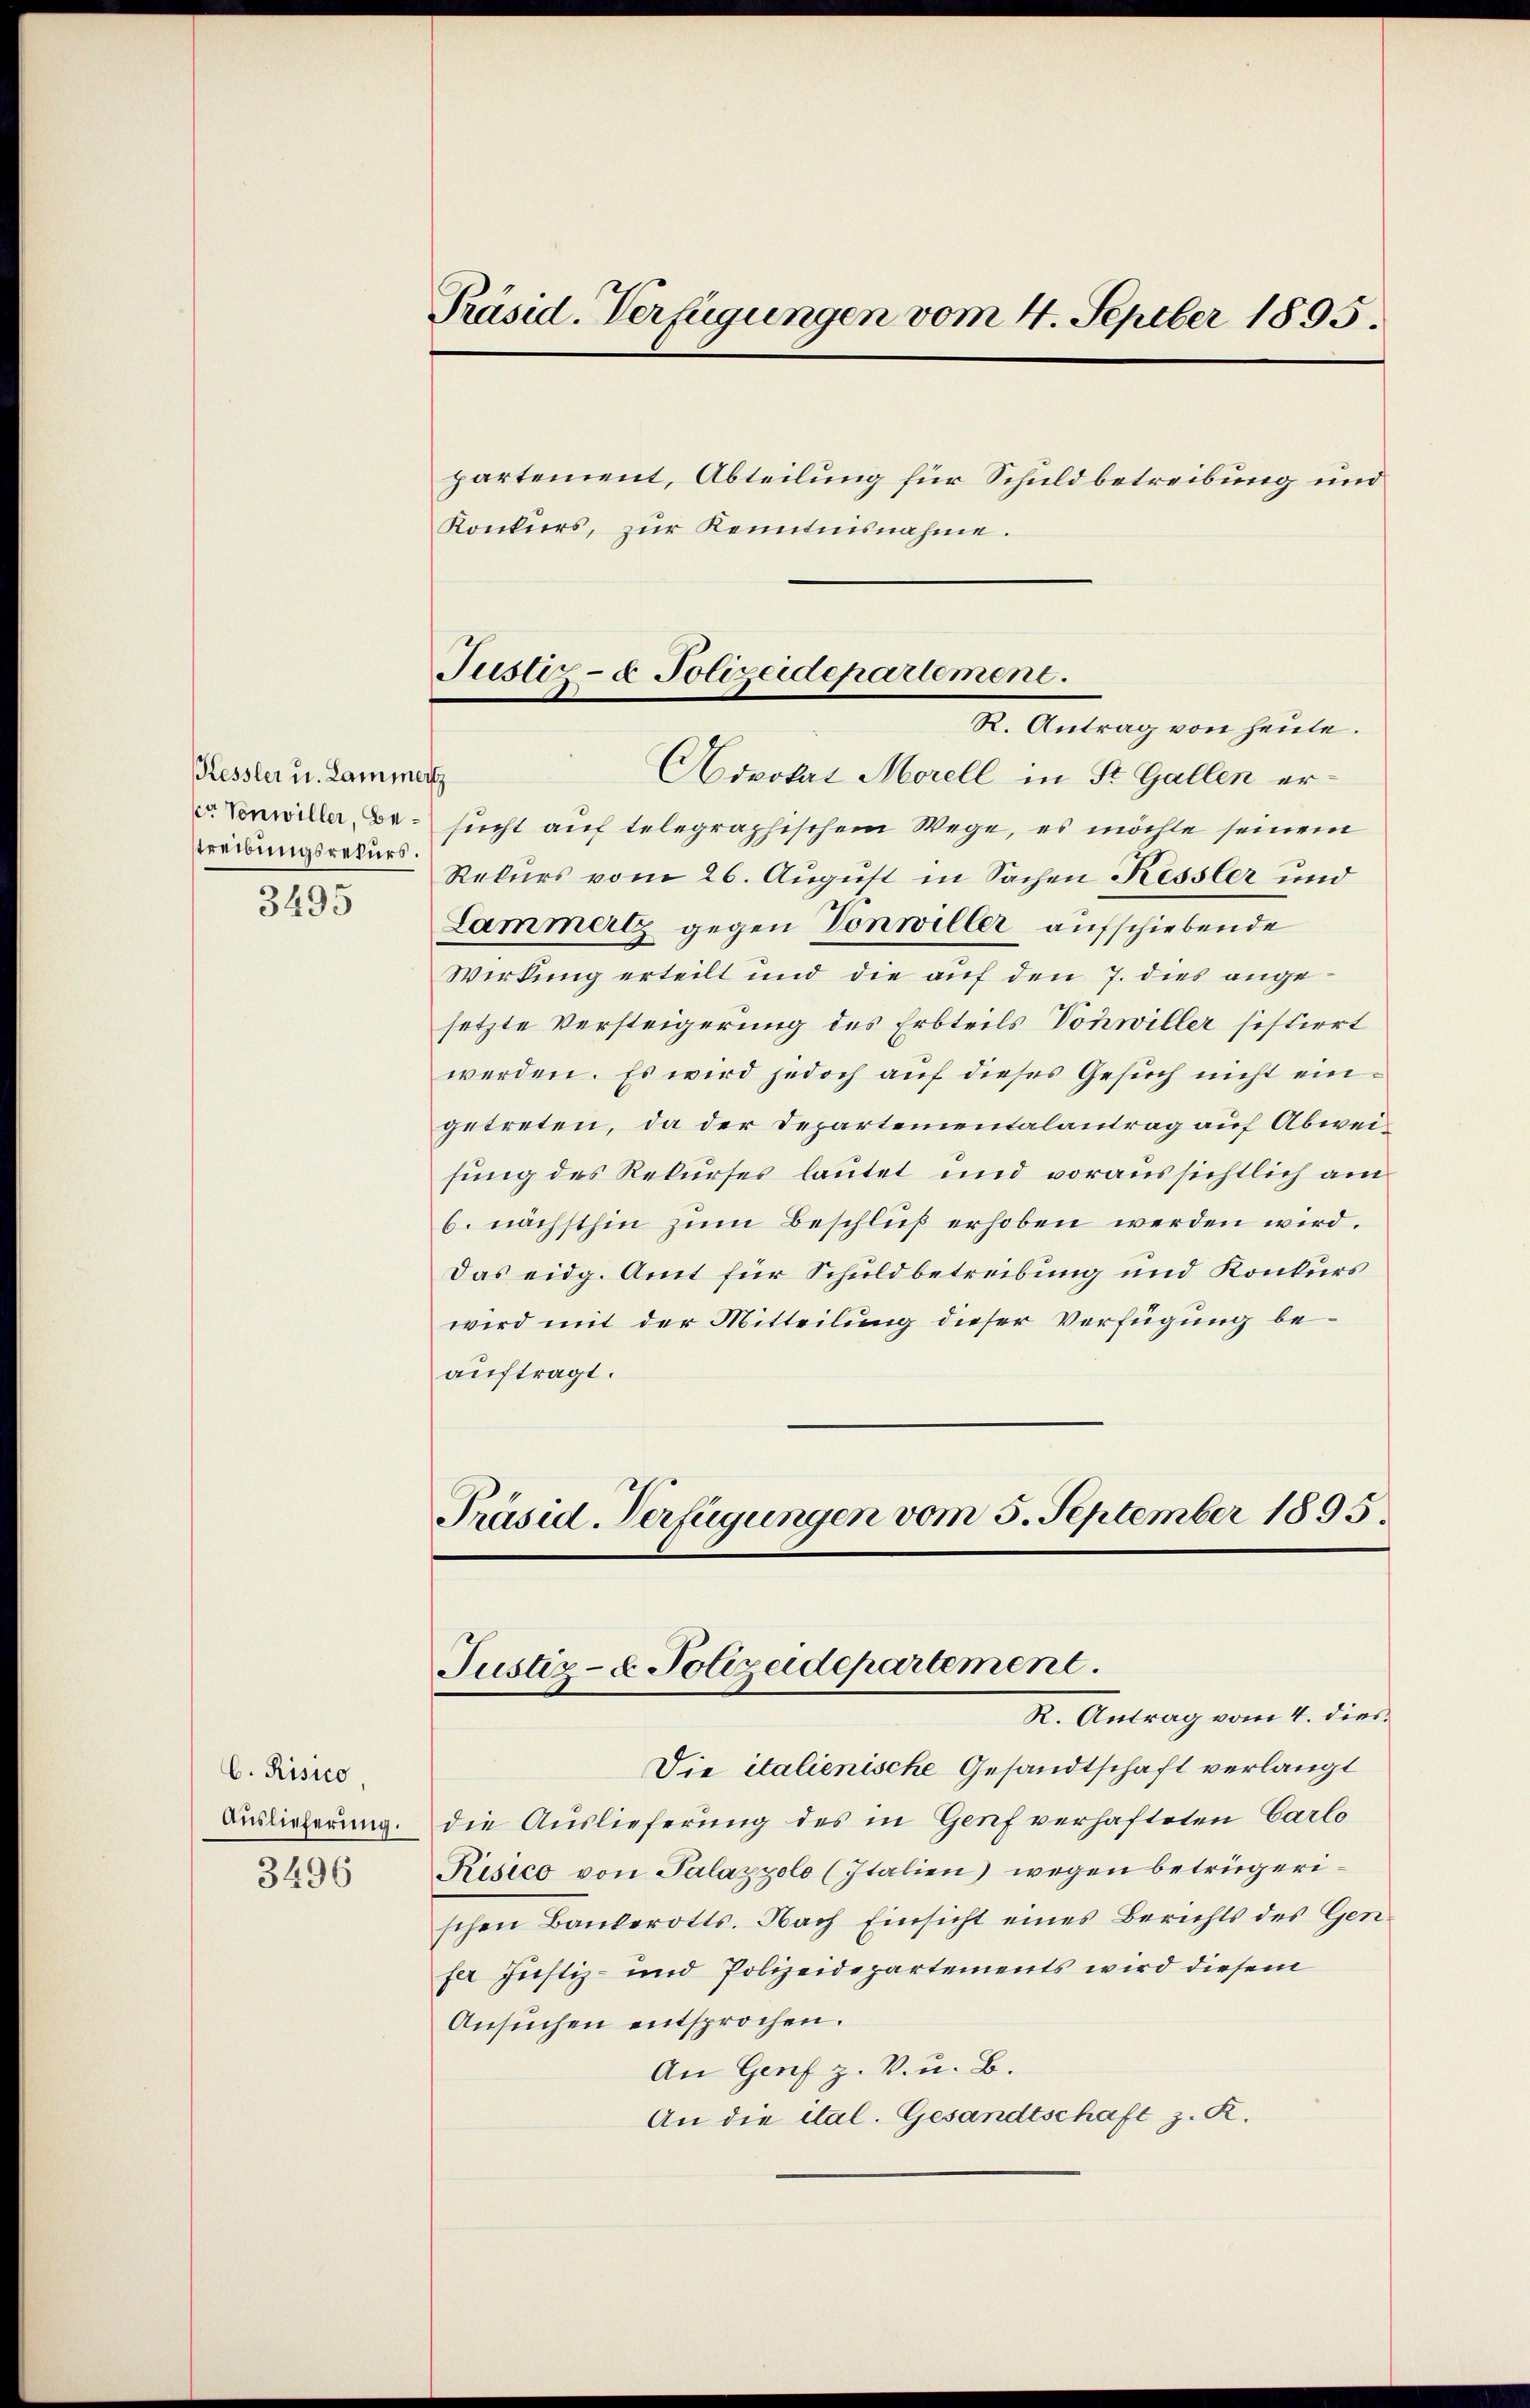
Kessler u. Lammert
streibungsrekurs.
3495

C. Risico.
Auslieferung.
3496

Präsid. Verfügungen vom 4. Septber 1895.
partement, Abteilung für Schuldbetreibung und
Konkurs, zur Kenntnisnahme.

Aovokat Morell in St. Gallen ernwille Besucht auf telegraphischem Wege, es möchte seinem
Rekurs vom 26. August in Sachen Kessler und
Lammertz gegen Vonwiller aufschiebende
Wirkung erteilt und die auf den 7. dies angesetzte Versteigerung des Erbteils Vonwiller sistiert
werden. Es wird jedoch auf dieses Gesuch nicht eingetreten, da der Departementalantrag auf Abweisung des Rekurses lautet und voraussichtlich am
6. nächsthin zŭm Beschluß erhoben werden wird.
Das eidg. Amt für Schuldbetreibung und Konkurs
wird mit der Mitteilung dieser Verfügung beauftragt.

Justiz- & Polizeidepartement.
R. Antrag von heute.

Präsid. Verfügungen vom 5. September 1895.
Justiz- & Polizeidepartement.
R. Antrag vom 4. dies

Die italienische Gesandtschaft verlangt
die Auslieferung des in Genf verhafteten Carlo
Risico von Palazzolo (Italien) wegen betrügerischen Bankerotts. Nach Einsicht eines Berichts des Gen
fer Justiz- und Polizeidepartements wird diesem
Ansŭchen entsprochen.
An Genf z. V. u. B.
An die ital. Gesandtschaft z. R.